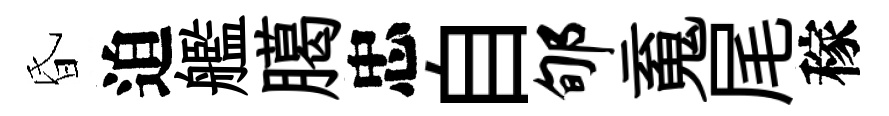
昏迫艦臈忠自郇䰟尾稼